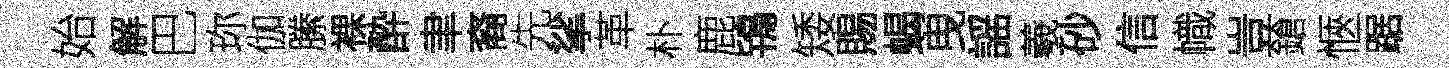
始解巴珎伽縢裸酔聿裔先挲革朴鹿鴇矮賜蝎曳謡羲砂信幟豈鎗愜踞